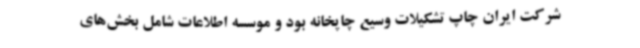
شرکت ایران چاپ تشکیلات وسیع چاپخانه بود و موسسه اطلاعات شامل بخش‌های